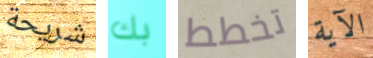
شريحة بك تخطط الآية